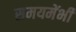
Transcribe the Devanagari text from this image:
समयमेंभी